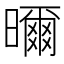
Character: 𭨁